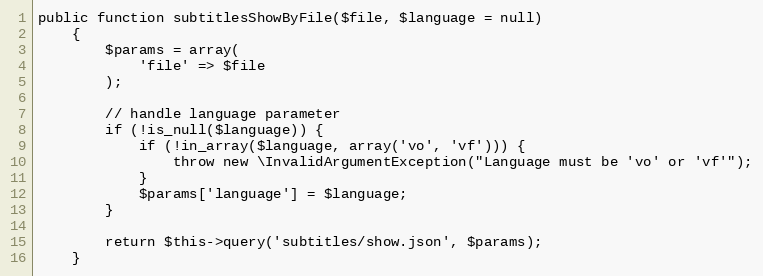
Language: PHP
public function subtitlesShowByFile($file, $language = null)
    {
        $params = array(
            'file' => $file
        );

        // handle language parameter
        if (!is_null($language)) {
            if (!in_array($language, array('vo', 'vf'))) {
                throw new \InvalidArgumentException("Language must be 'vo' or 'vf'");
            }
            $params['language'] = $language;
        }

        return $this->query('subtitles/show.json', $params);
    }